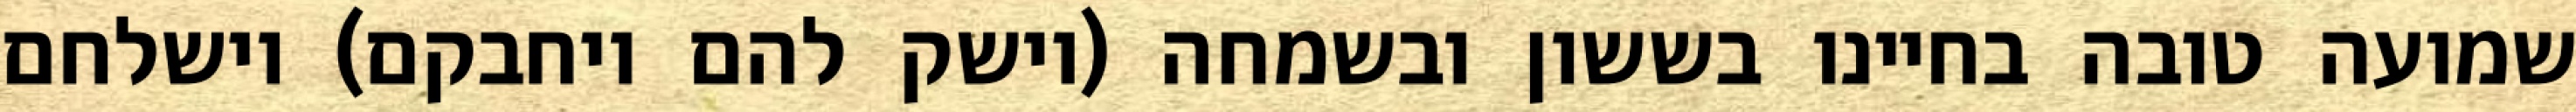
שמועה טובה בחיינו בששון ובשמחה (וישק להם ויחבקם) וישלחם